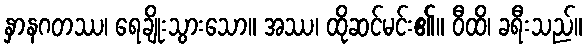
နှာနဂတဿ၊ ရေချိုးသွားသော။ အဿ၊ ထိုဆင်မင်း၏။ ဝီထိ၊ ခရီးသည်။